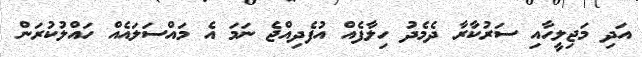
އަދި މަޖިލީހާއި ސަރުކާރާ ދެމެދު ހިލާފެއް އުފެދިއްޖެ ނަމަ އެ މައްސަލައެއް ހައްލުކުރަން